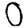
Digit: 0